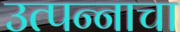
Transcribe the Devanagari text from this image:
उत्पन्‍नाचा